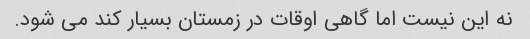
نه این نیست اما گاهی اوقات در زمستان بسیار کند می شود.